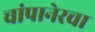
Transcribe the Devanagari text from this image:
चांपानेरचा